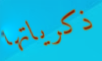
ذكرياتها